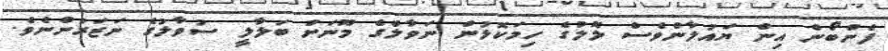
ފެންބޯން އިން ޔައުލާންވެސް ލޮލުގެ ހިމަކޮޅުން ނަވާލްގެ މޫނަށް ބަލާލީ ސުވާލުގެ ނަޒަރުންނެވެ.